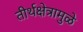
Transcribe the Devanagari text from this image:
तीर्थक्षेत्रामुळे